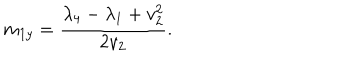
m _ { 1 y } = \frac { \lambda _ { 4 } - \lambda _ { 1 } + v _ { 2 } ^ { 2 } } { 2 v _ { 2 } } .